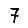
Digit: 7